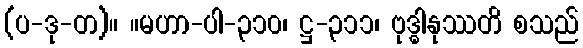
(ပ-ဒု-တ)။ ။မဟာ-ပါ-၃၁၀၊ ဋ္ဌ-၃၁၁၊ ဗုဒ္ဓါနုဿတိ စသည်